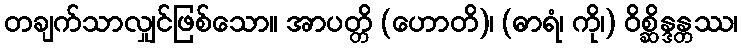
တချက်သာလျှင်ဖြစ်သော။ အာပတ္တိ (ဟောတိ)၊ (ဓာရံ၊ ကို၊) ဝိစ္ဆိန္ဒန္တဿ၊